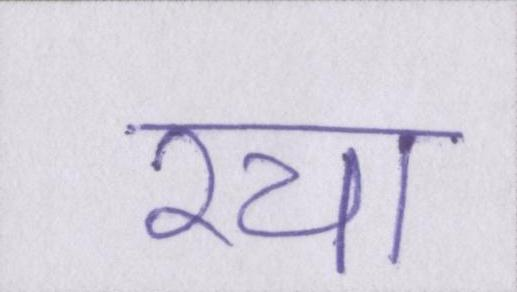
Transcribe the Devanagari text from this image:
रचा